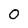
Character: 0